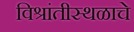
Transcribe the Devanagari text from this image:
विश्रांतीस्थळाचे